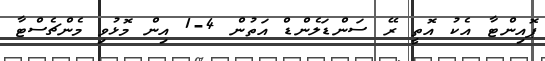
ޕޮއިންޓާ އެކު އޮތީ ރޭ ސަންޑަލެންޑް އަތުން 4-1 އިން މޮޅުވި މެންޗެސްޓާ